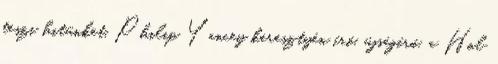
teszi hitünket, Philip Yancey keresztyén író, újságíró, a Hol